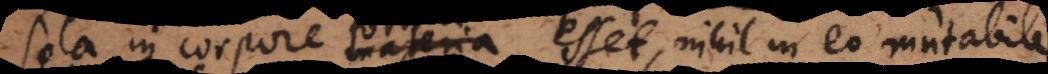
sola in corpore forma esset, nihil in eo mutabile